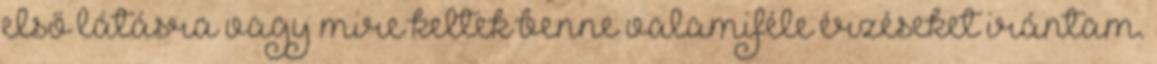
első látásra vagy mire keltek benne valamiféle érzéseket irántam.